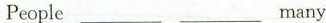
People___ ___many